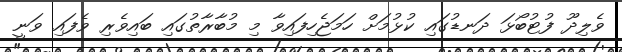
ވެލިދޫ ފުޓުބޯޅަ ދަނޑުގައި ކުޅުމަށް ހަމަޖެހިފައިވާ މި މުބާރާތުގައި ބައިވެރި ވެފައި ވަނީ